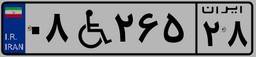
۰۹W۶۳۰۵۲